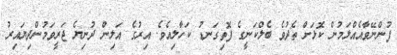
ފުންނޭވާއެއްލަމުން ކޮޅަށް ތެދުވެ ބެލްކަނީގެ ފޮތިގަނޑު ކަހާލިއެވެ. އިރުގެ އަލިން ދުނިޔެ ޖަރީވަމުންދިޔައިރު